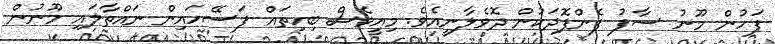
ފަހުން މޫނު ސާފު ފެންފޮދަކުން ދޮވެލާނީއެވެ. މިއީވެސް ބިހިތައް ފަސޭހައިން ނައްތާލައި މޫނުން